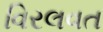
વિરલવત